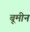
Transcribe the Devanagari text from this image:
बूमीन